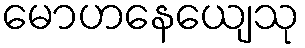
မောဟနေယျေသု